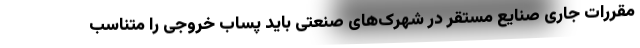
مقررات جاری صنایع مستقر در شهرک‌های صنعتی باید پساب خروجی را متناسب